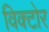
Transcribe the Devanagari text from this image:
विक्टोर